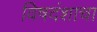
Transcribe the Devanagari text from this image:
विषदंशाचा